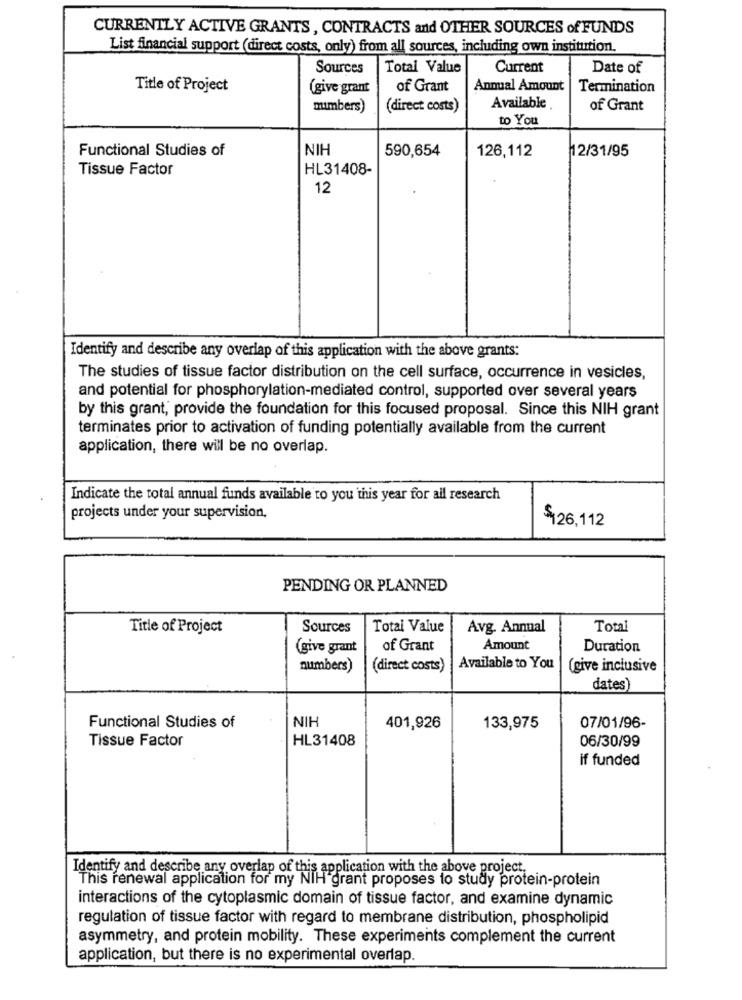
CURRENTLY ACTIVE GRANTS, CONTRACTS and OTHER SOURCES of FUNDS
List financial support (direct costs, only) from all sources, including own institution.
Sources
Total Value
Current
Date of
Title of Project
(give grant
of Grant
Annual Amount
Termination
numbers)
(direct costs)
Available .
of Grant
to You
Functional Studies of
NIH
590,654
12/31/95
126,112
Tissue Factor
HL31408-
12
Identify and describe any overlap of this application with the above grants:
The studies of tissue factor distribution on the cell surface, occurrence in vesicles,
and potential for phosphorylation-mediated control, supported over several years
by this grant, provide the foundation for this focused proposal. Since this NIH grant
terminates prior to activation of funding potentially available from the current
application, there will be no overlap.
Indicate the total annual funds available to you this year for all research
projects under your supervision,
$126,112
PENDING OR PLANNED
Title of Project
Sources
Total Value
Avg. Annual
Total
(give grant
of Grant
Amount
Duration
numbers)
(direct costs)
Available to You
(give inclusive
dates
NIH
Functional Studies of
401,926
133,975
07/01/96-
Tissue Factor
HL31408
06/30/99
if funded
Identify and describe any overlap of this application with the above project.
This renewal application for my NIH grant proposes to study protein-protein
interactions of the cytoplasmic domain of tissue factor, and examine dynamic
regulation of tissue factor with regard to membrane distribution, phospholipid
asymmetry, and protein mobility. These experiments complement the current
application, but there is no experimental overlap.